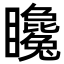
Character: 䂁